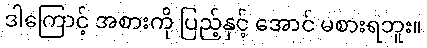
ဒါကြောင့် အစားကို ပြည့်နှင့် အောင် မစားရဘူး။